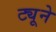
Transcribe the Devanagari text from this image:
ट्यूने